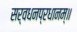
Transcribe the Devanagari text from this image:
सर्वधनप्रधानम्॥